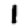
Digit: 1